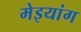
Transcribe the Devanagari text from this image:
मेइयांग